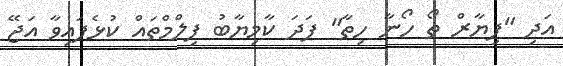
އަދި "ޕިޔާރް ތޯ ހޯނާ ހިތާ" ފަދަ ކާމިޔާބު ފިލްމްތައް ކުޅެފައިވާ އަޖޭ